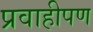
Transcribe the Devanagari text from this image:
प्रवाहीपण